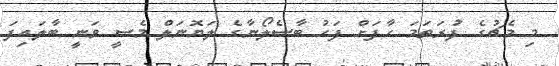
މި މެޗުގެ ފުރަތަމަ ހާފަށް ފަހު ބާސެލޯނާގެ ލަޔޮނަލް މެސީ ވަނީ ބާލައިފަ